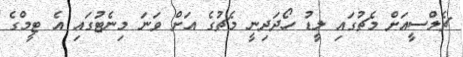
ޗެލްސީއަށް މެޗުގައި ލީޑު ހޯދަދިނީ މެޗުގެ އަށް ވަނަ މިނެޓުގައި އެ ޓީމްގެ